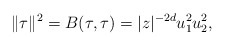
\begin{align*}\|\tau\|^2 = B(\tau,\tau) = |z|^{-2d}u_1^2u_2^2,\end{align*}